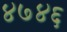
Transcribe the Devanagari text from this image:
४७४६